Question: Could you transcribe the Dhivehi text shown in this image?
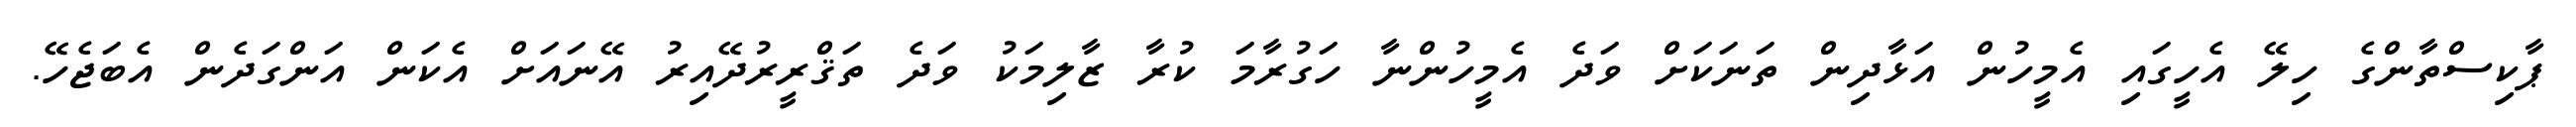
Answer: ޕާކިސްތާންގެ ހިލޭ އެހީގައި އެމީހުން އަޅާދިން ތަނަކަށް ވަދެ އެމީހުންނާ ހަގުރާމަ ކުރާ ޒާލިމަކު ވަދެ ތަޤްރީރުދޭއިރު އޭނައަށް އެކަން އަންގަދެން އެބަޖެހޭ.